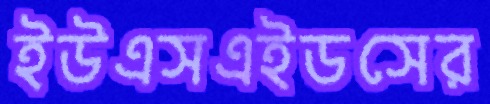
ইউএসএইডসের